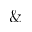
\&